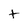
Character: t